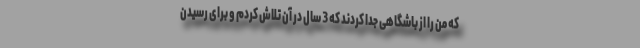
که من را از باشگاهی جدا کردند که 3 سال در آن تلاش کردم و برای رسیدن